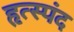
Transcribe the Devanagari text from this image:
हृत्स्पंद